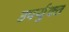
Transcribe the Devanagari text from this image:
उपर्युक्त्त